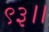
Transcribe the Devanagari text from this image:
९३।।